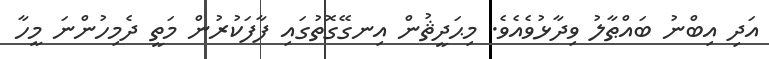
އަދި އިބްނު ބައްޠާލު ވިދާޅުވެއެވެ. މިޙަދީޘުން އިނގޭގޮތުގައި ފާފަކުރުން މަތީ ދެމިހުންނަ މީހާ